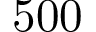
5 0 0